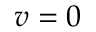
v = 0